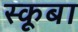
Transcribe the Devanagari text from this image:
स्‍कूबा